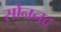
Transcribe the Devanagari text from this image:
सोननद